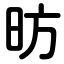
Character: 昉